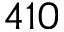
4 1 0